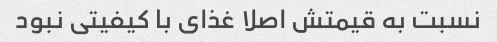
نسبت به قیمتش اصلا غذای با کیفیتی نبود